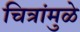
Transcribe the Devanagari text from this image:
चित्रांमुळे